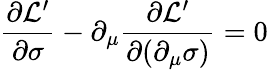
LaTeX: \frac{\partial\mathcal{L}^{\prime}}{\partial\sigma}-\partial_{\mu}\frac{\partial\mathcal{L}^{\prime}}{\partial(\partial_{\mu}\sigma)}=0